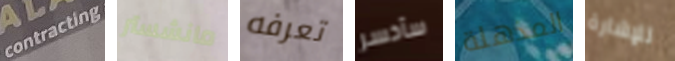
contracting مانشستر تعرفه سأخسر المذهلة للإشارة